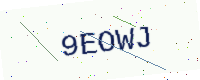
Text: 9EOWJ